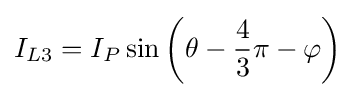
I_{L3}=I_{P}\sin \left(\theta -{\frac {4}{3}}\pi -\varphi \right)